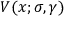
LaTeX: V ( x ; \sigma , \gamma )